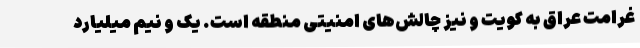
غرامت عراق به کویت و نیز چالش‌های امنیتی منطقه است. یک و نیم میلیارد